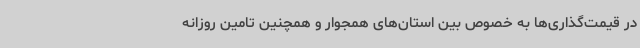
در قیمت‌گذاری‌ها به خصوص بین استان‌های همجوار و همچنین تامین روزانه